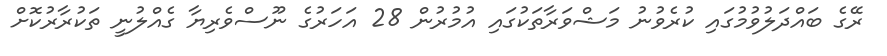
ރޭގެ ބައްދަލުވުމުގައި ކުރެވުނު މަޝްވަރާތަކުގައި އުމުރުން 28 އަހަރުގެ ނޫސްވެރިޔާ ގެއްލުނީ ތަކުރާރުކޮށް